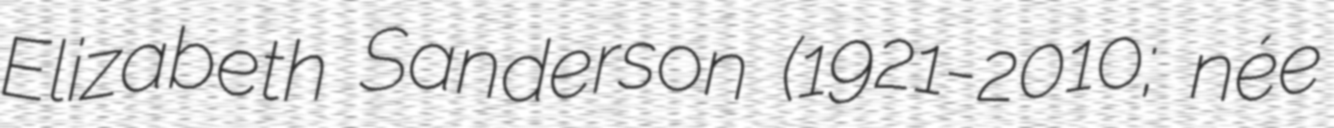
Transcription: Elizabeth Sanderson (1921-2010; née